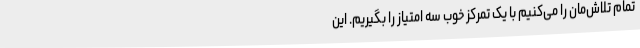
تمام تلاش‌مان را می‌کنیم با یک تمرکز خوب سه امتیاز را بگیریم. این